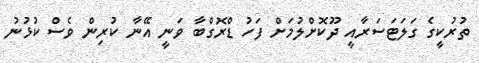
ތުރުކީގެ ގަލަޓަސަރާއީ ދޫކޮށްލުމަށް ފަހު ޑްރޮގްބާ ވަނީ އޭނާ ކުރިން ވެސް ކުޅުނު